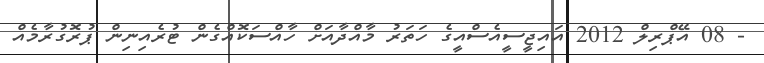
- 08 އޭޕްރިލް 2012 އައިޖީސީއެސްއީގެ ހަތަރު މާއްދާއަށް ހާއްސަކޮއްގެން ޓުރެއިނިން ޕުރޮގުރާމެއް